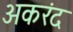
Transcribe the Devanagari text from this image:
अकरंद